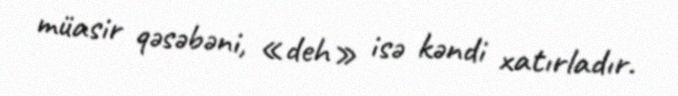
müasir qəsəbəni, «deh» isə kəndi xatırladır.